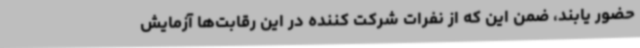
حضور یابند، ضمن این که از نفرات شرکت کننده در این رقابت‌ها آزمایش